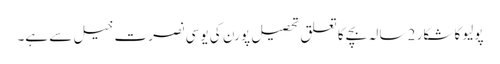
پولیو کا شکار 2 سالہ بچے کا تعلق تحصیل پورن کی یو سی نصرت خیل سے ہے۔